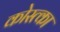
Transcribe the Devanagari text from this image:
कोस्त्का